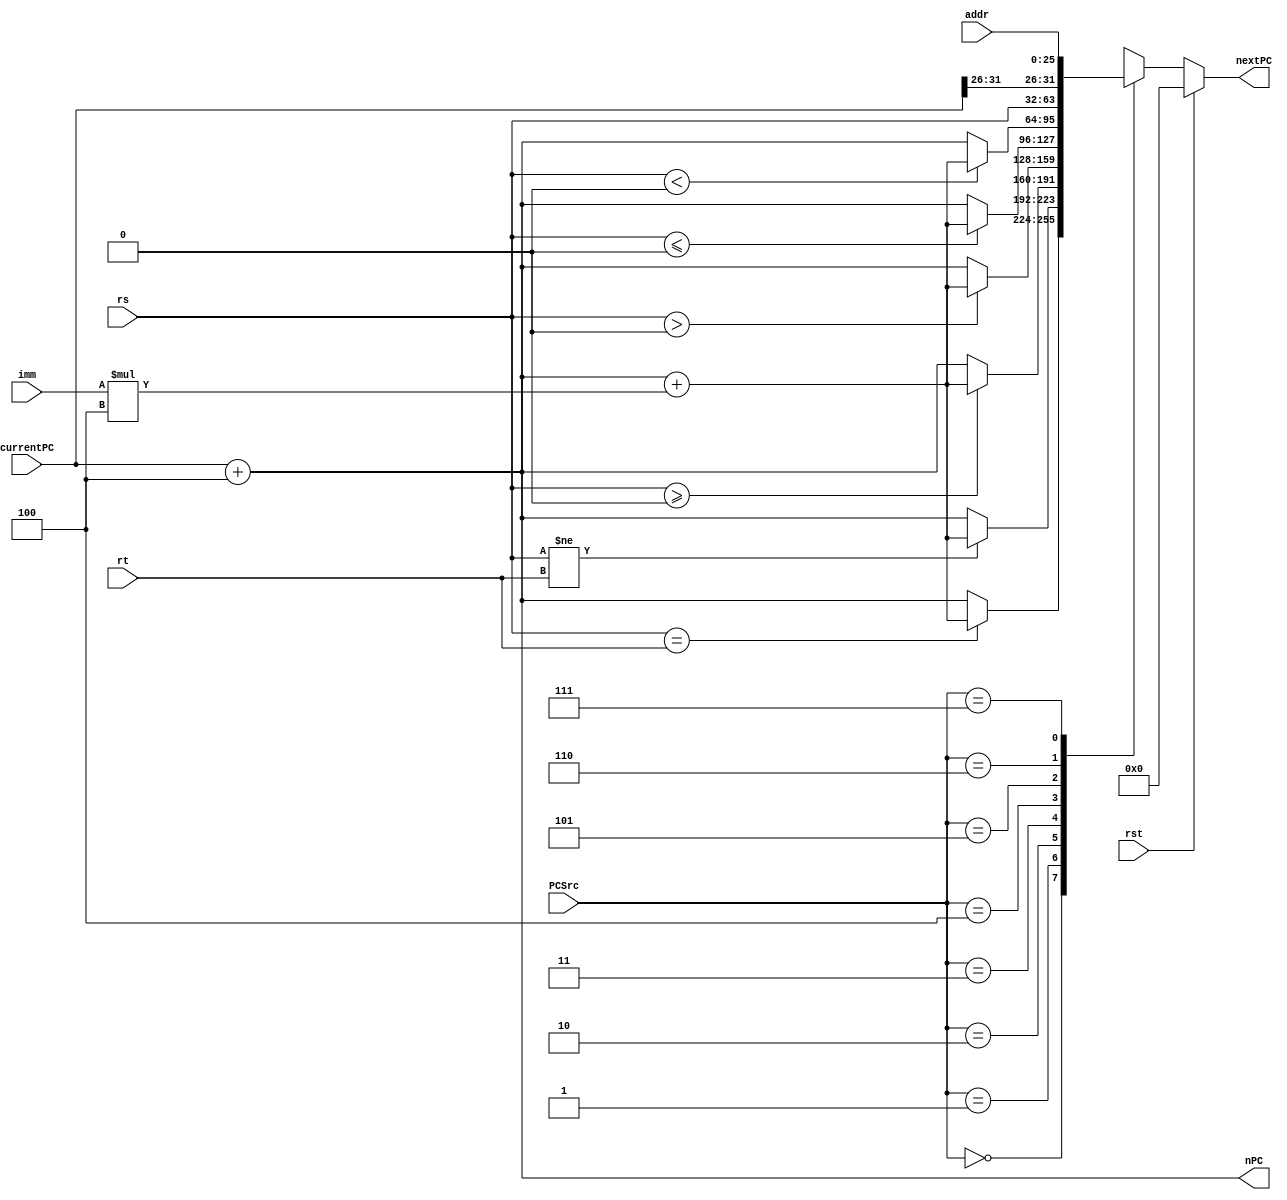
`timescale 1ns / 1ps
module NextPC(
    input rst,
    input [2:0] PCSrc,//PC
    input [31:0] currentPC,
    input [31:0] imm,
    input [25:0] addr,//
    input [31:0] rs,
    input [31:0] rt,
    output reg[31:0] nextPC,
    output [31:0] nPC//pc+4
    );
    assign nPC = currentPC+4;
    always@(*) begin
        if(rst)
            nextPC=0;
        else
            case(PCSrc)
                3'b000:nextPC=($signed(rs)==$signed(rt))?(currentPC+4+imm*4):(currentPC+4);//beq
                3'b001:nextPC=($signed(rs)!=$signed(rt))?(currentPC+4+imm*4):(currentPC+4);//bne
                3'b010:nextPC=($signed(rs)>=0)?(currentPC+4+imm*4):(currentPC+4);//bgez
                3'b011:nextPC=($signed(rs)>0)?(currentPC+4+imm*4):(currentPC+4);//bgtz
                3'b100:nextPC=($signed(rs)<=0)?(currentPC+4+imm*4):(currentPC+4);//blez
                3'b101:nextPC=($signed(rs)<0)?(currentPC+4+imm*4):(currentPC+4);//bltz
                3'b110:nextPC=rs;//jr
                3'b111:nextPC={currentPC[31:26],addr};//j,jal
            endcase
    end
endmodule